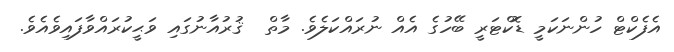
އެފެކްޓް ހުންނަކަމީ ޑޮކްޓަރީ ބޭހުގެ އެއް ނުރައްކަލެވެ. މާތް  ޤުރުއާނުގައި ވަޙީކުރައްވާފައިވެއެވެ.